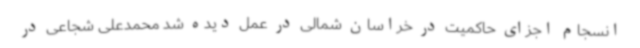
انسجام اجزای حاکمیت در خراسان شمالی در عمل دیده شد محمدعلی شجاعی در